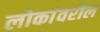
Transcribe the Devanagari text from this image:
लोकांवरील